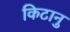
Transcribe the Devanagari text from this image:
किटानु